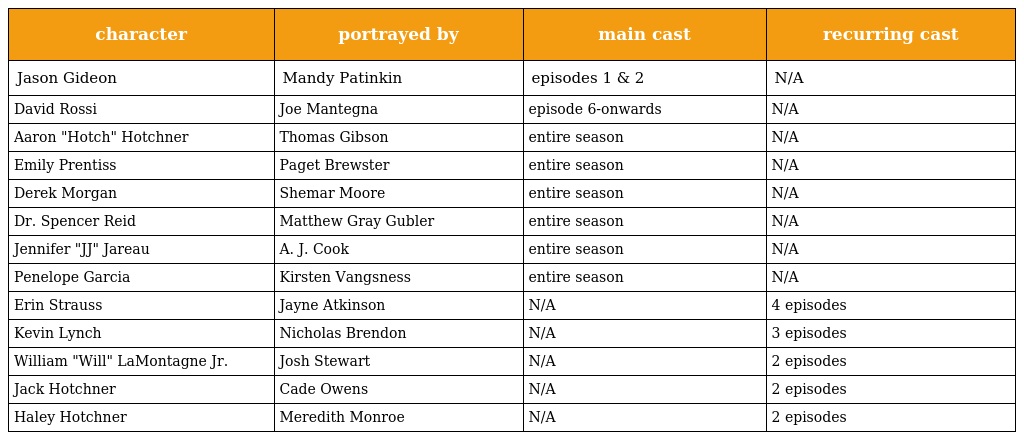
| character | portrayed by | main cast | recurring cast |
 | --- | --- | --- | --- |
 | Jason Gideon | Mandy Patinkin | episodes 1 & 2 | N/A |
 | David Rossi | Joe Mantegna | episode 6-onwards | N/A |
 | Aaron "Hotch" Hotchner | Thomas Gibson | entire season | N/A |
 | Emily Prentiss | Paget Brewster | entire season | N/A |
 | Derek Morgan | Shemar Moore | entire season | N/A |
 | Dr. Spencer Reid | Matthew Gray Gubler | entire season | N/A |
 | Jennifer "JJ" Jareau | A. J. Cook | entire season | N/A |
 | Penelope Garcia | Kirsten Vangsness | entire season | N/A |
 | Erin Strauss | Jayne Atkinson | N/A | 4 episodes |
 | Kevin Lynch | Nicholas Brendon | N/A | 3 episodes |
 | William "Will" LaMontagne Jr. | Josh Stewart | N/A | 2 episodes |
 | Jack Hotchner | Cade Owens | N/A | 2 episodes |
 | Haley Hotchner | Meredith Monroe | N/A | 2 episodes |